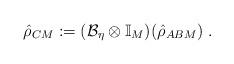
LaTeX: \begin{align*}\hat{\rho}_{CM} := (\mathcal{B}_\eta\otimes\mathbb{I}_M)(\hat{\rho}_{ABM})\;.\end{align*}